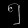
Digit: ၅